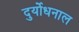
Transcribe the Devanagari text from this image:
दुर्योधनाल